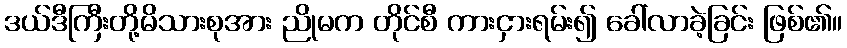
ဒယ်ဒီကြီးတို့မိသားစုအား ညိုမက တိုင်စီ ကားငှားရမ်း၍ ခေါ်လာခဲ့ခြင်း ဖြစ်၏။